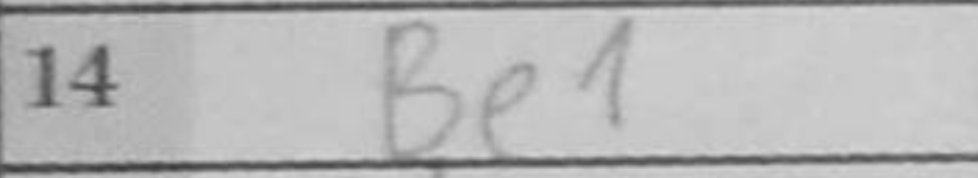
Transcription: Be1